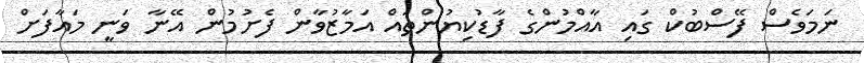
ނަމަވެސް ފޭސްބުކް ގައި އާއްމުންގެ ފާޑުކިޔުންތައް އަމާޒުވާން ފެށުމުން އޭނާ ވަނީ މައާފަށް